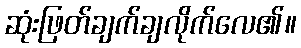
ဆုံးဖြတ်ချက်ချလိုက်လေ၏။